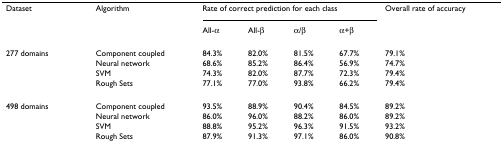
<table><thead><tr><td><b>Dataset</b></td><td><b>Algorithm</b></td><td colspan="4"><b>Rate of correct prediction for each class</b></td><td><b>Overall rate of accuracy</b></td></tr><tr><td></td><td></td><td><b>All-α</b></td><td><b>All-β</b></td><td><b>α/β</b></td><td><b>α+β</b></td><td></td></tr></thead><tbody><tr><td>277 domains</td><td>Component coupled</td><td>84.3%</td><td>82.0%</td><td>81.5%</td><td>67.7%</td><td>79.1%</td></tr><tr><td></td><td>Neural network</td><td>68.6%</td><td>85.2%</td><td>86.4%</td><td>56.9%</td><td>74.7%</td></tr><tr><td></td><td>SVM</td><td>74.3%</td><td>82.0%</td><td>87.7%</td><td>72.3%</td><td>79.4%</td></tr><tr><td></td><td>Rough Sets</td><td>77.1%</td><td>77.0%</td><td>93.8%</td><td>66.2%</td><td>79.4%</td></tr><tr><td>498 domains</td><td>Component coupled</td><td>93.5%</td><td>88.9%</td><td>90.4%</td><td>84.5%</td><td>89.2%</td></tr><tr><td></td><td>Neural network</td><td>86.0%</td><td>96.0%</td><td>88.2%</td><td>86.0%</td><td>89.2%</td></tr><tr><td></td><td>SVM</td><td>88.8%</td><td>95.2%</td><td>96.3%</td><td>91.5%</td><td>93.2%</td></tr><tr><td></td><td>Rough Sets</td><td>87.9%</td><td>91.3%</td><td>97.1%</td><td>86.0%</td><td>90.8%</td></tr></tbody></table>